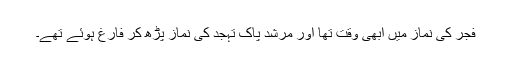
فجر کی نماز میں ابھی وقت تھا اور مرشد پاک تہجد کی نماز پڑھ کر فارغ ہوئے تھے۔